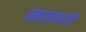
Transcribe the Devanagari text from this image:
पकालापर्यंत